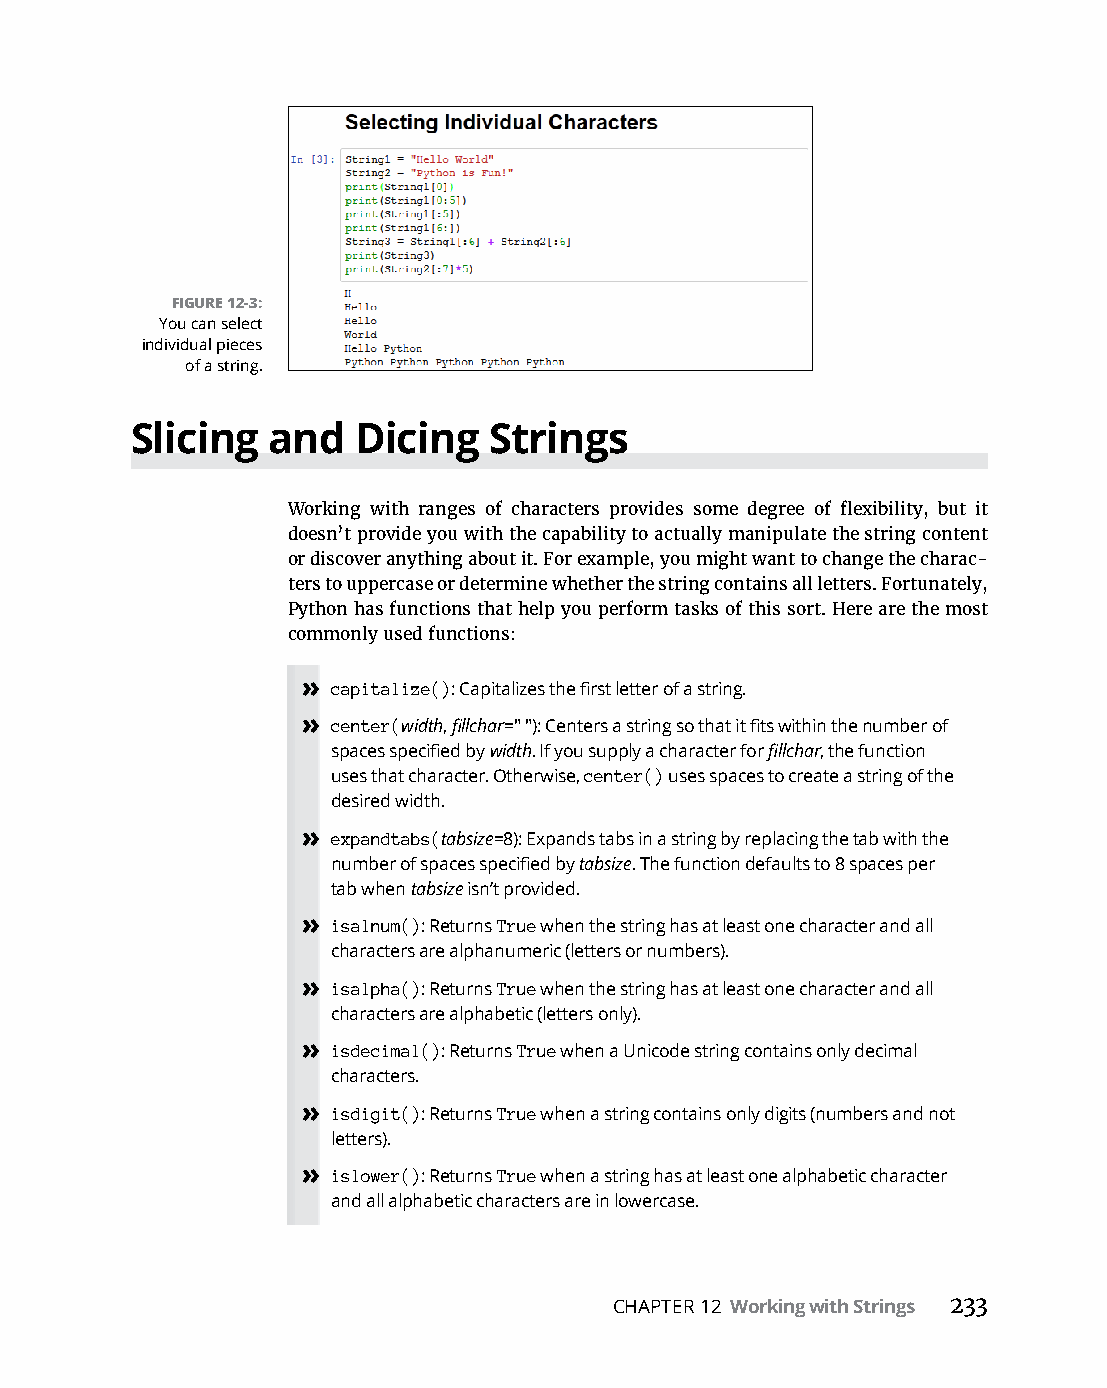
FIGURE 12-3:
 You can select
 individual pieces
 of a string.
 Slicing  and   Dicing  Strings
 Working with ranges of characters provides some degree of flexibility, but it
 doesn’t provide you with the capability to actually manipulate the string content
 or discover anything about it. For example, you might want to change the charac-
 ters to uppercase or determine whether the string contains all letters. Fortunately,
 Python has functions that help you perform tasks of this sort. Here are the most
 commonly used functions:
 » capitalize(): Capitalizes the first letter of a string.
 » center(width, fillchar=" "): Centers a string so that it fits within the number of
 spaces specified by width. If you supply a character for fillchar, the function
 uses that character. Otherwise, center() uses spaces to create a string of the
 desired width.
 » expandtabs(tabsize=8): Expands tabs in a string by replacing the tab with the
 number of spaces specified by tabsize. The function defaults to 8 spaces per
 tab when tabsize isn’t provided.
 » isalnum(): Returns True when the string has at least one character and all
 characters are alphanumeric (letters or numbers).
 » isalpha(): Returns True when the string has at least one character and all
 characters are alphabetic (letters only).
 » isdecimal(): Returns True when a Unicode string contains only decimal
 characters.
 » isdigit(): Returns True when a string contains only digits (numbers and not
 letters).
 » islower(): Returns True when a string has at least one alphabetic character
 and all alphabetic characters are in lowercase.
 CHAPTER 12 Working with Strings 233